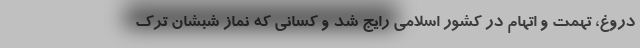
دروغ، تهمت و اتهام در کشور اسلامی رایج شد و کسانی که نماز شبشان ترک